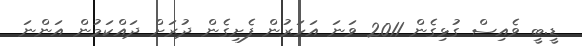
ޑީ.ބީ ވެއިސް ގުޅިގެން 2011 ވަނަ އަހަރުން ފެށިގެން ދުރަށް ދައްކަމުން އަންނަ